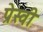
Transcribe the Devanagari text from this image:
प्रेस्वी